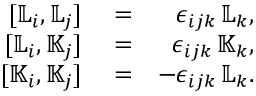
\begin{array} { r l r } { [ { \mathbb L } _ { i } , { \mathbb L } _ { j } ] } & { { } = } & { \epsilon _ { i j k } \, { \mathbb L } _ { k } , } \\ { [ { \mathbb L } _ { i } , { \mathbb K } _ { j } ] } & { { } = } & { \epsilon _ { i j k } \, { \mathbb K } _ { k } , } \\ { [ { \mathbb K } _ { i } , { \mathbb K } _ { j } ] } & { { } = } & { - \epsilon _ { i j k } \, { \mathbb L } _ { k } . } \end{array}